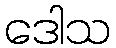
ဒေါသ